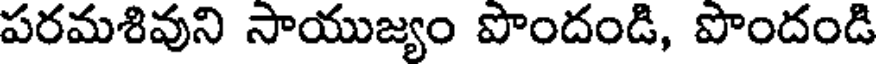
పరమశివుని సాయుజ్యం పొందండి, పొందండి